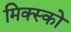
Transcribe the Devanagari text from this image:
मिक्स्को